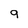
Character: q